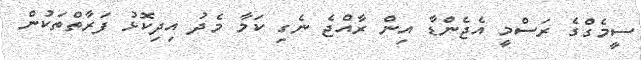
ސީމެގްގެ ރަސްމީ އެޖެންޑާ އިން ރާއްޖެ ނެގި ކަމާ މެދު އިދިކޮޅު ފަރާތްތަކުން